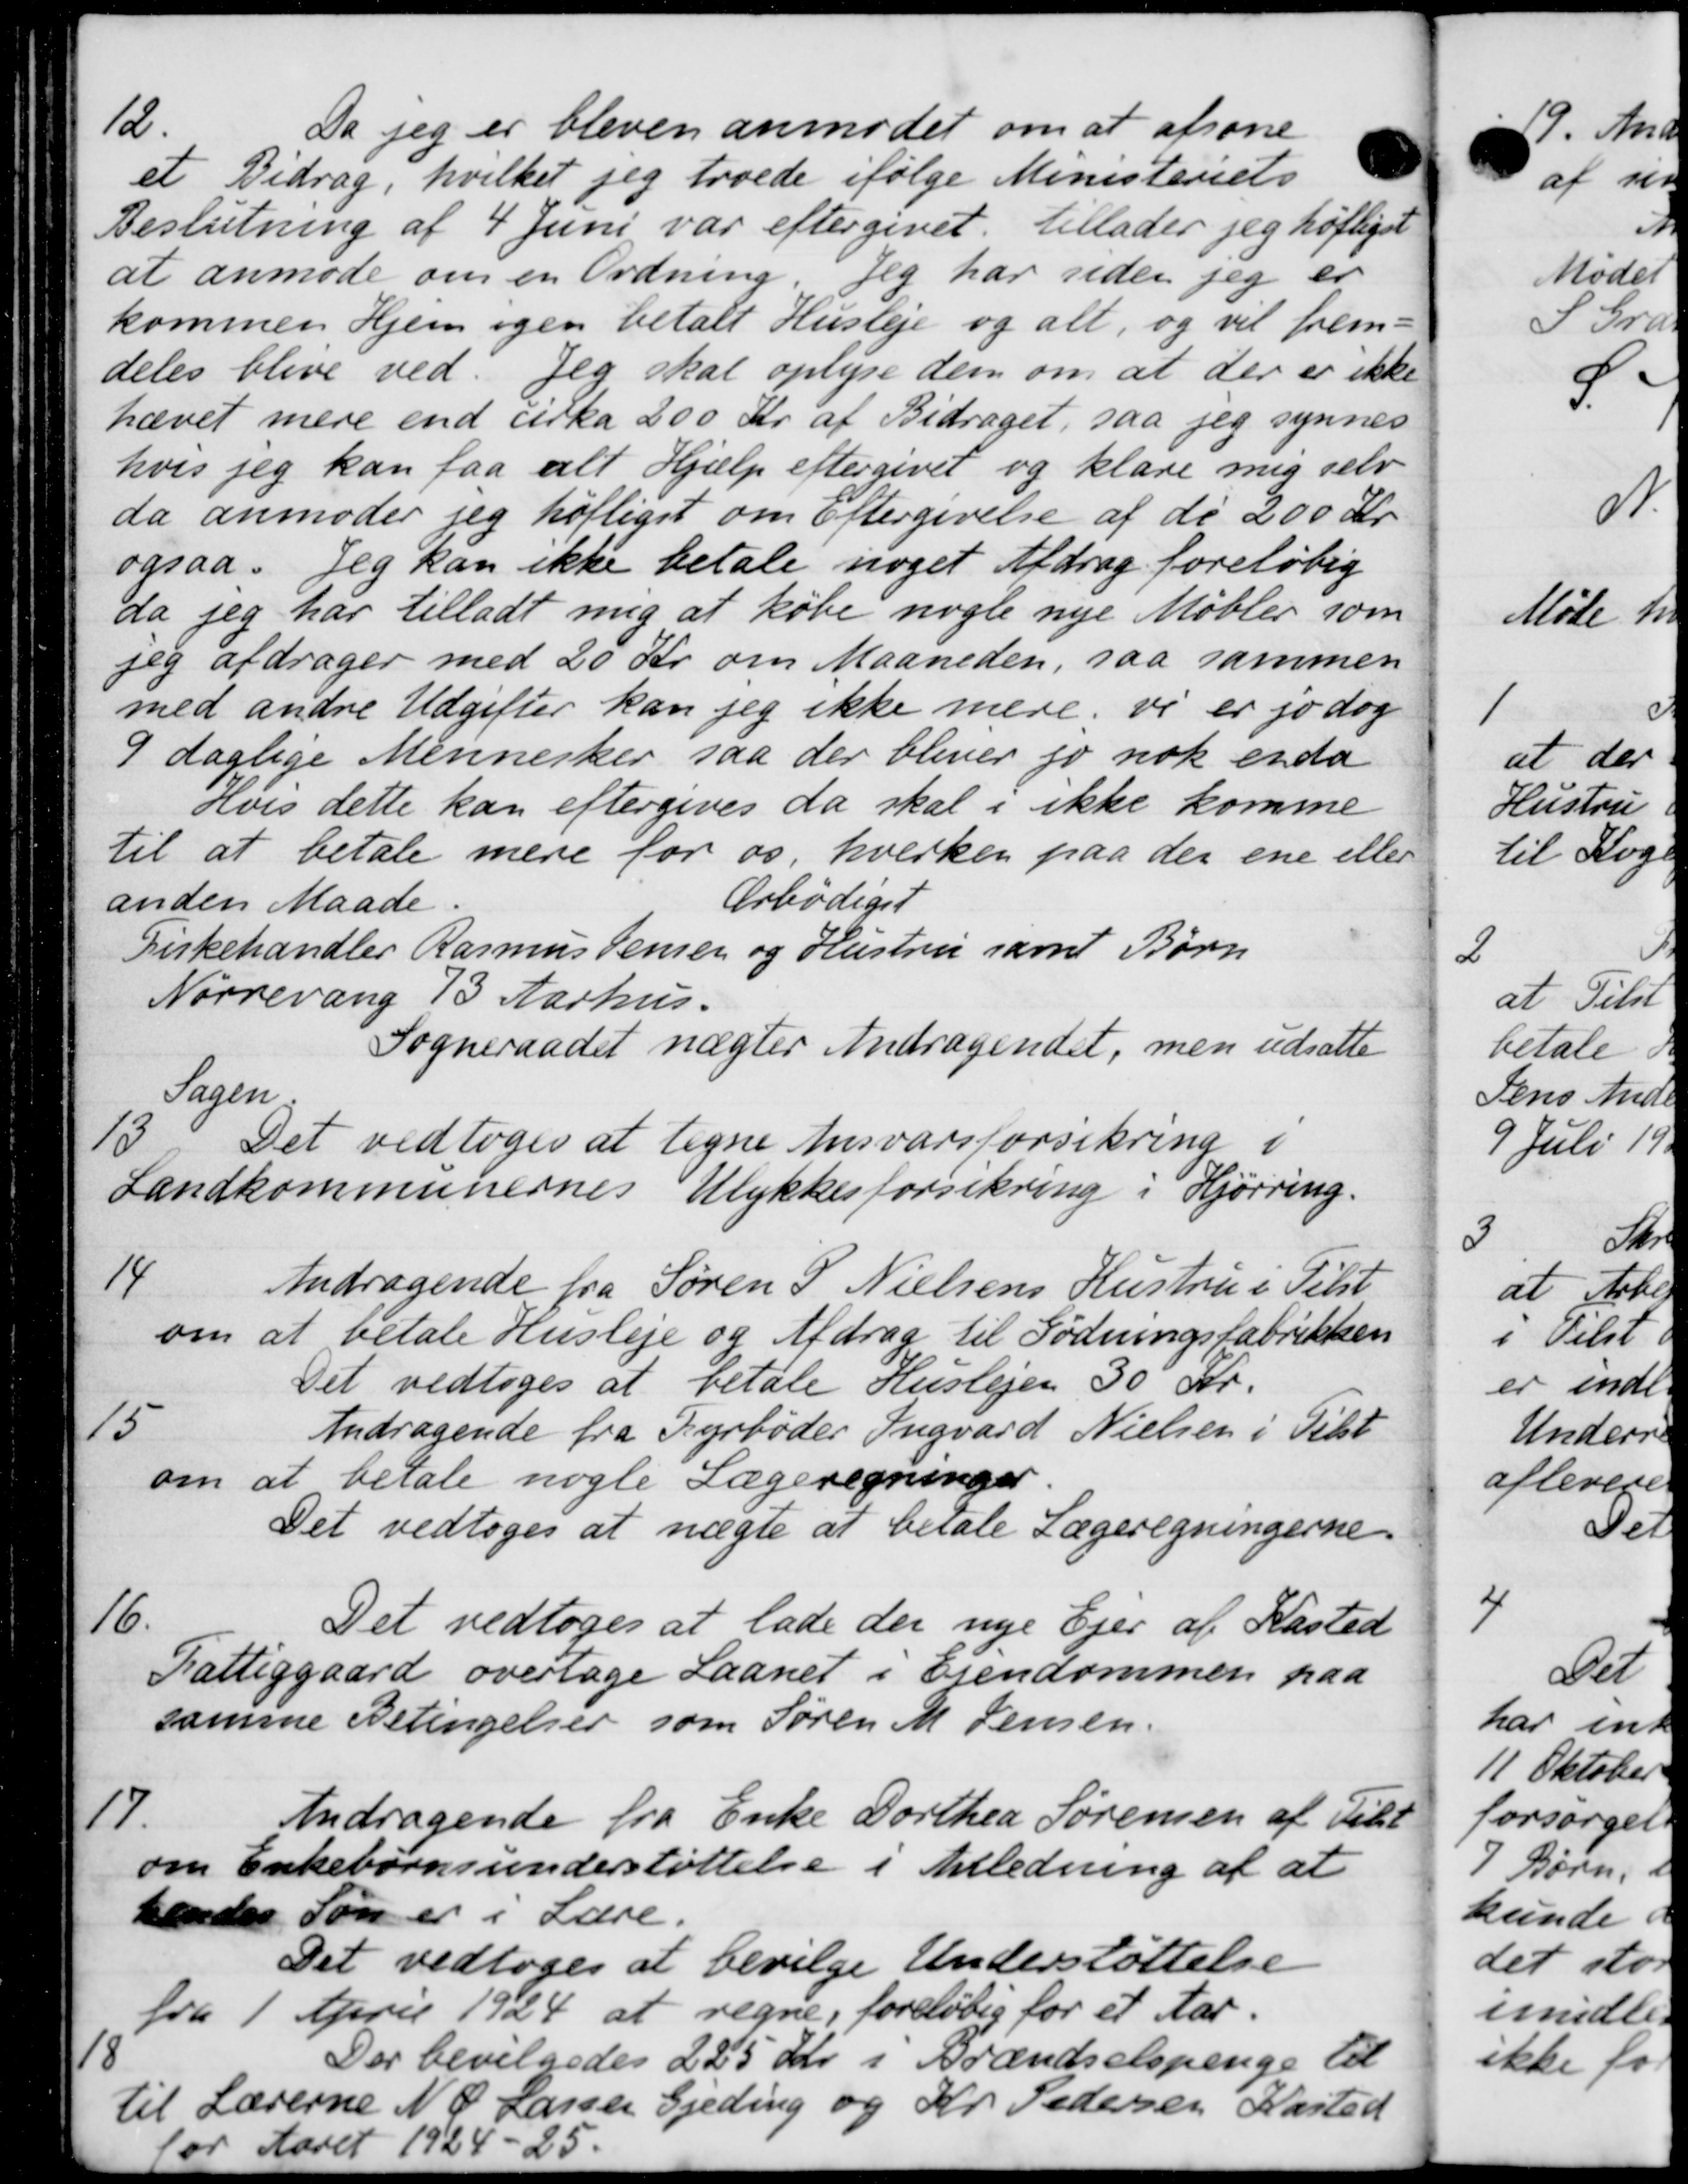
Transskription:
12.
Da jeg er bleven anmodet om at afsone
et Bidrag, hvilket jeg troede ifølge Ministeriets
Beslutning af 4 Juni var eftergivet tillader jeg høfligst
at anmode om en Ordning. Jeg har siden jeg er
kommen Hjem igen betalt Husleje og alt, og vil frem-
deles blive ved. Jeg skal oplyse dem om at der er ikke
hævet mere end cirka 200 Kr. af Bidraget, saa jeg synnes
hvis jeg kan faa alt Hjælp eftergivet og klare mig selv
da anmoder jeg høftiget om Eftergivelse af de 200 Kr.
ogsaa. Jeg kan ikke betale noget Afdrag foreløbig
da jeg har tilladt mig at købe nogle nye Møbler som
jeg afdrager med 20 Kr. om Maaneden, saa sammen
med andre Udgifter kan jeg ikke mere vi er jo dog
9 daglige Mennesker saa der bliver jo nok enda
Hvis dette kan eftergives da skal i ikke komme
til at betale mere for os, hverken paa der ene eller
anden Maade.
Ærbødigst
Firkehandler Rasmus Jensen og Hustrup samt Børn
Nørrevang 13 Aarhus.
Sogneraadet nægter Andragendet, men udsatte
Sagen
13
Det vedtoges at ligne Ansvarsforsikring i
Landkommunernes Ulykkesforsikring i Hjørring.
14
Andragende fra Søren P. Nielsens Hustru i Tilst
om at betale Husleje og Afdrag til Fødningsfabrikken
Det vedtoges at betale Huslejen 30 Kr.
15
Andragende fra Fyrbøder Ingvard Nielsen i Tilst
om at betale nogle Lægeregninger.
Det vedtoges at nægte at betale Lægeregningerne
16.
Det vedtoges at lade der nye Ejer af Kasted
Fattiggaard overtage Laanet i Ejendommen paa
samme Betingelser som Søren M. Jensen.
17.
Andragende fra Enke Dorthea Sørensen af Tilst
om Enkebørnsunderstøttelse i Anledning af at
hendes Søn er i Lære.
Det vedtoges at bevilge Understøttelse
fra 1 April 1924 at regne, foreløbig for et Aar.
18
Der bevilgedes 225 Kr. i Brændselspenge til
til Lærerne N. P. Larsen Gjeding og Kr. Pedersen Kasted
for Aaret 1924-25.